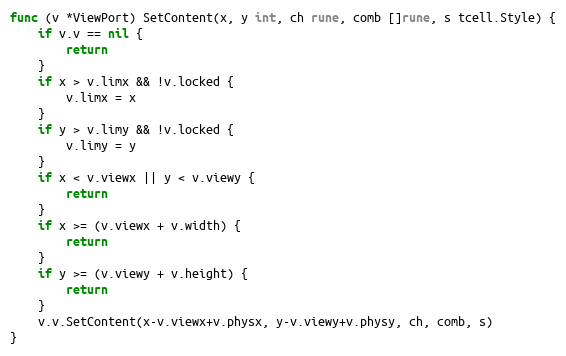
Language: Go
func (v *ViewPort) SetContent(x, y int, ch rune, comb []rune, s tcell.Style) {
	if v.v == nil {
		return
	}
	if x > v.limx && !v.locked {
		v.limx = x
	}
	if y > v.limy && !v.locked {
		v.limy = y
	}
	if x < v.viewx || y < v.viewy {
		return
	}
	if x >= (v.viewx + v.width) {
		return
	}
	if y >= (v.viewy + v.height) {
		return
	}
	v.v.SetContent(x-v.viewx+v.physx, y-v.viewy+v.physy, ch, comb, s)
}